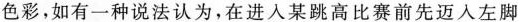
色彩，如有一种说法认为，在进入某跳高比赛前先迈入左脚